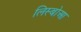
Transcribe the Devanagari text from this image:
लिस्बोआ